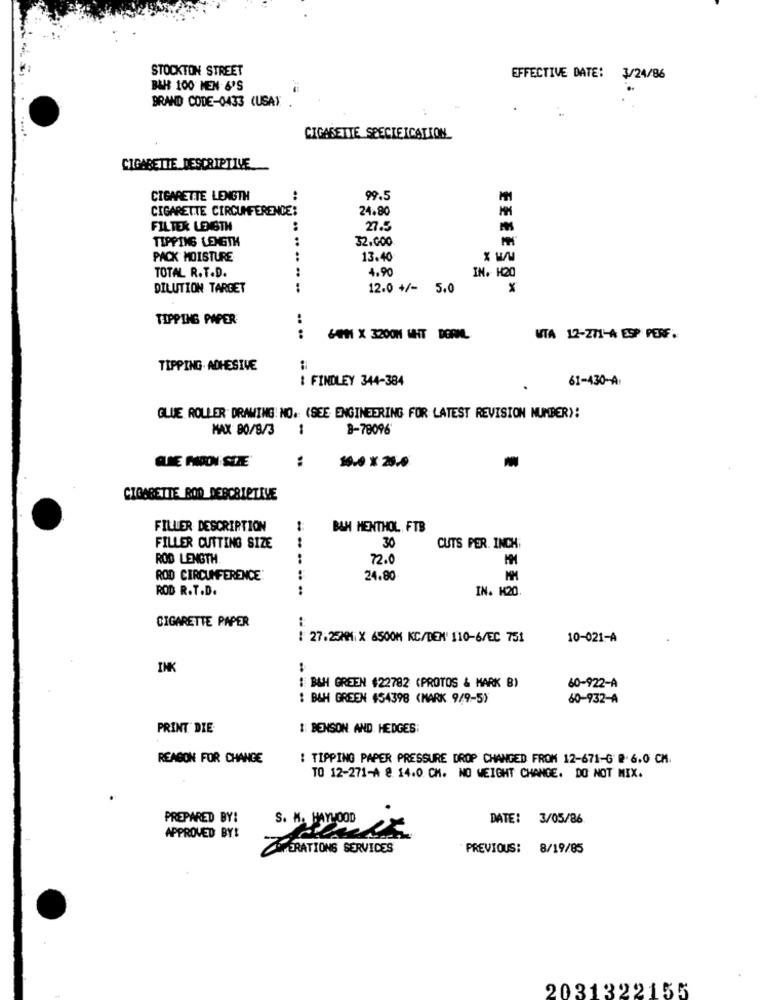
STOCKTON STREET
EFFECTIVE DATE: 3/24/86
B&H 100 MEN &'S
BRAND CODE-0433 (USAY .
CIGARETTE SPECIEICATION
CIGARETTE DESCRIPTIVE
CIGARETTE LENGTH
..
99.5
CIGARETTE CIRCUMFERENCE:
24.80
FILTER LENGTH
:
27.5
TIPPING LENGTH
32.000
PACK MOISTURE
13.40
TOTAL R.T.D.
:
.....
4.90
IN. H20
DILUTION TARGET
12.0 +/- 5.0
TIPPING PAPER
....
&TH X 3200M UHT DORML
WTA 12-271-A ESP PERF.
TIPPING . ADHESIVE
I FINDLEY 344-384
61-430-A
.
GLUE ROLLER DRAWING. NO. (SEE ENGINEERING FOR LATEST REVISION NUMBER):
MAX 80/8/3
1
8-78096
GLME FMON SIZE
:
10.0 X 25.0
CIGARETTE ROD DESCRIPTIVE
FILLER DESCRIPTION
BAH MENTHOL FTB
FILLER CUTTING SIZE
30
CUTS PER. INCH;
ROD LENGTH
..
72.0
ROD CIRCUMFERENCE:
..
24.80
MM
ROD R.T.D.
IN. K20
CIGARETTE PAPER
: 27.23MM; X 6500K KC/DEN' 110-6/EC 751
10-021-A
INK
BAH GREEN #22782 (PROTOS & MARK B)
60-922-A
: B&H GREEN 454398 (MARK 9/9-5)
60-932-A
PRINT DIE
1 BENSON AND. HEDGES:
REASON FOR CHANGE
: TIPPING PAPER PRESSURE DROP CHANGED FROM 12-671-G' @. 6.0 CM.
TO 12-271-A 8. 14.0 CM. NO WEIGHT CHANGE. DO NOT MIX.
PREPARED BY:
DATE: 3/05/86
S. M. HAYWOOD
APPROVED BY!
PERATIONS SERVICES
PREVIOUS: 8/19/85
2031322155